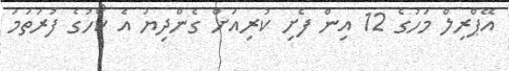
އޭޕްރިލް މަހުގެ 12 އިން ފެށި ކުރިއަށް ގެންދިޔަ އެ ކޯހުގެ ފުރަތަމަ